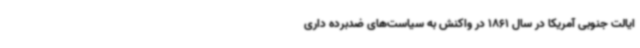
ایالت جنوبی آمریکا در سال 1861 در واکنش به سیاست‌های ضدبرده داری